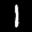
Label: 1